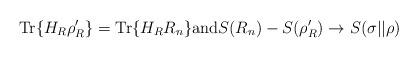
LaTeX: \begin{align*} \mathrm{Tr}\{H_R \rho'_R\}=\mathrm{Tr}\{H_R R_n\} \mathrm{and} S(R_n)-S(\rho'_R) \rightarrow S(\sigma||\rho) \end{align*}